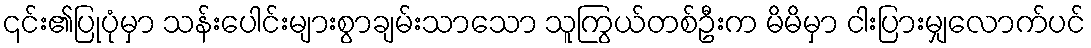
၎င်း၏ပြုပုံမှာ သန်းပေါင်းများစွာချမ်းသာသော သူကြွယ်တစ်ဦးက မိမိမှာ ငါးပြားမျှလောက်ပင်